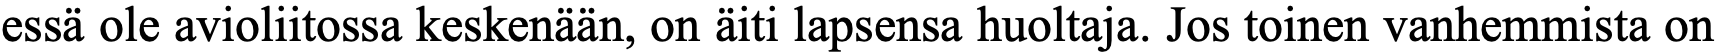
essä ole avioliitossa keskenään, on äiti lapsensa huoltaja. Jos toinen vanhemmista on